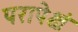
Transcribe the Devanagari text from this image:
परापेक्षं